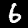
Digit: 6